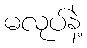
မလုပ်နဲ့